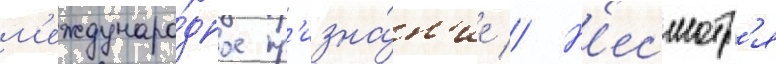
м'еждунаро́дное пр'изна́н'ие // Н'есмотр'я